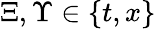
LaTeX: \Xi,\Upsilon\in\{ t,x\}